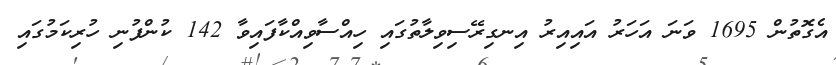
އެގޮތުން 1695 ވަނަ އަހަރު އައިއިރު އިނގިރޭސިވިލާތުގައި ހިއްސާވިއްކާފައިވާ 142 ކުންފުނި ހުރިކަމުގައި